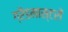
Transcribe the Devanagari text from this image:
ग्रैंडमास्टरों